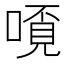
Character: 𫫗